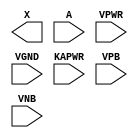
module sky130_fd_sc_lp__dlybuf4s25kapwr (
    X    ,
    A    ,
    VPWR ,
    VGND ,
    KAPWR,
    VPB  ,
    VNB
);

    output X    ;
    input  A    ;
    input  VPWR ;
    input  VGND ;
    input  KAPWR;
    input  VPB  ;
    input  VNB  ;
endmodule